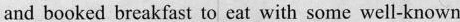
and booked brcakfast to eat with some well-known